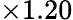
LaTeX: \times 1.20